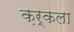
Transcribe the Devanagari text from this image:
क़र्कला